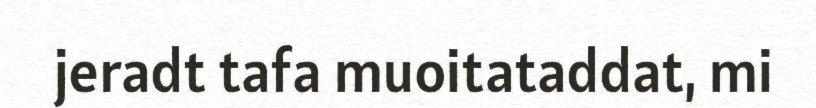
jeradt tafa muoitataddat, mi